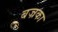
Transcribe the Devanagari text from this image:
बज्रका